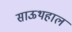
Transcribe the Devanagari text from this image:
साऊथहाल